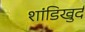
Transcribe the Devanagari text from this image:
शांडिखुर्द